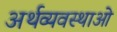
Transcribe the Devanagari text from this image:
अर्थव्यवस्थाओ